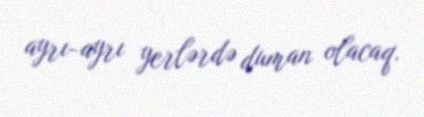
ayrı-ayrı yerlərdə duman olacaq.